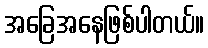
အခြေအနေဖြစ်ပါတယ်။